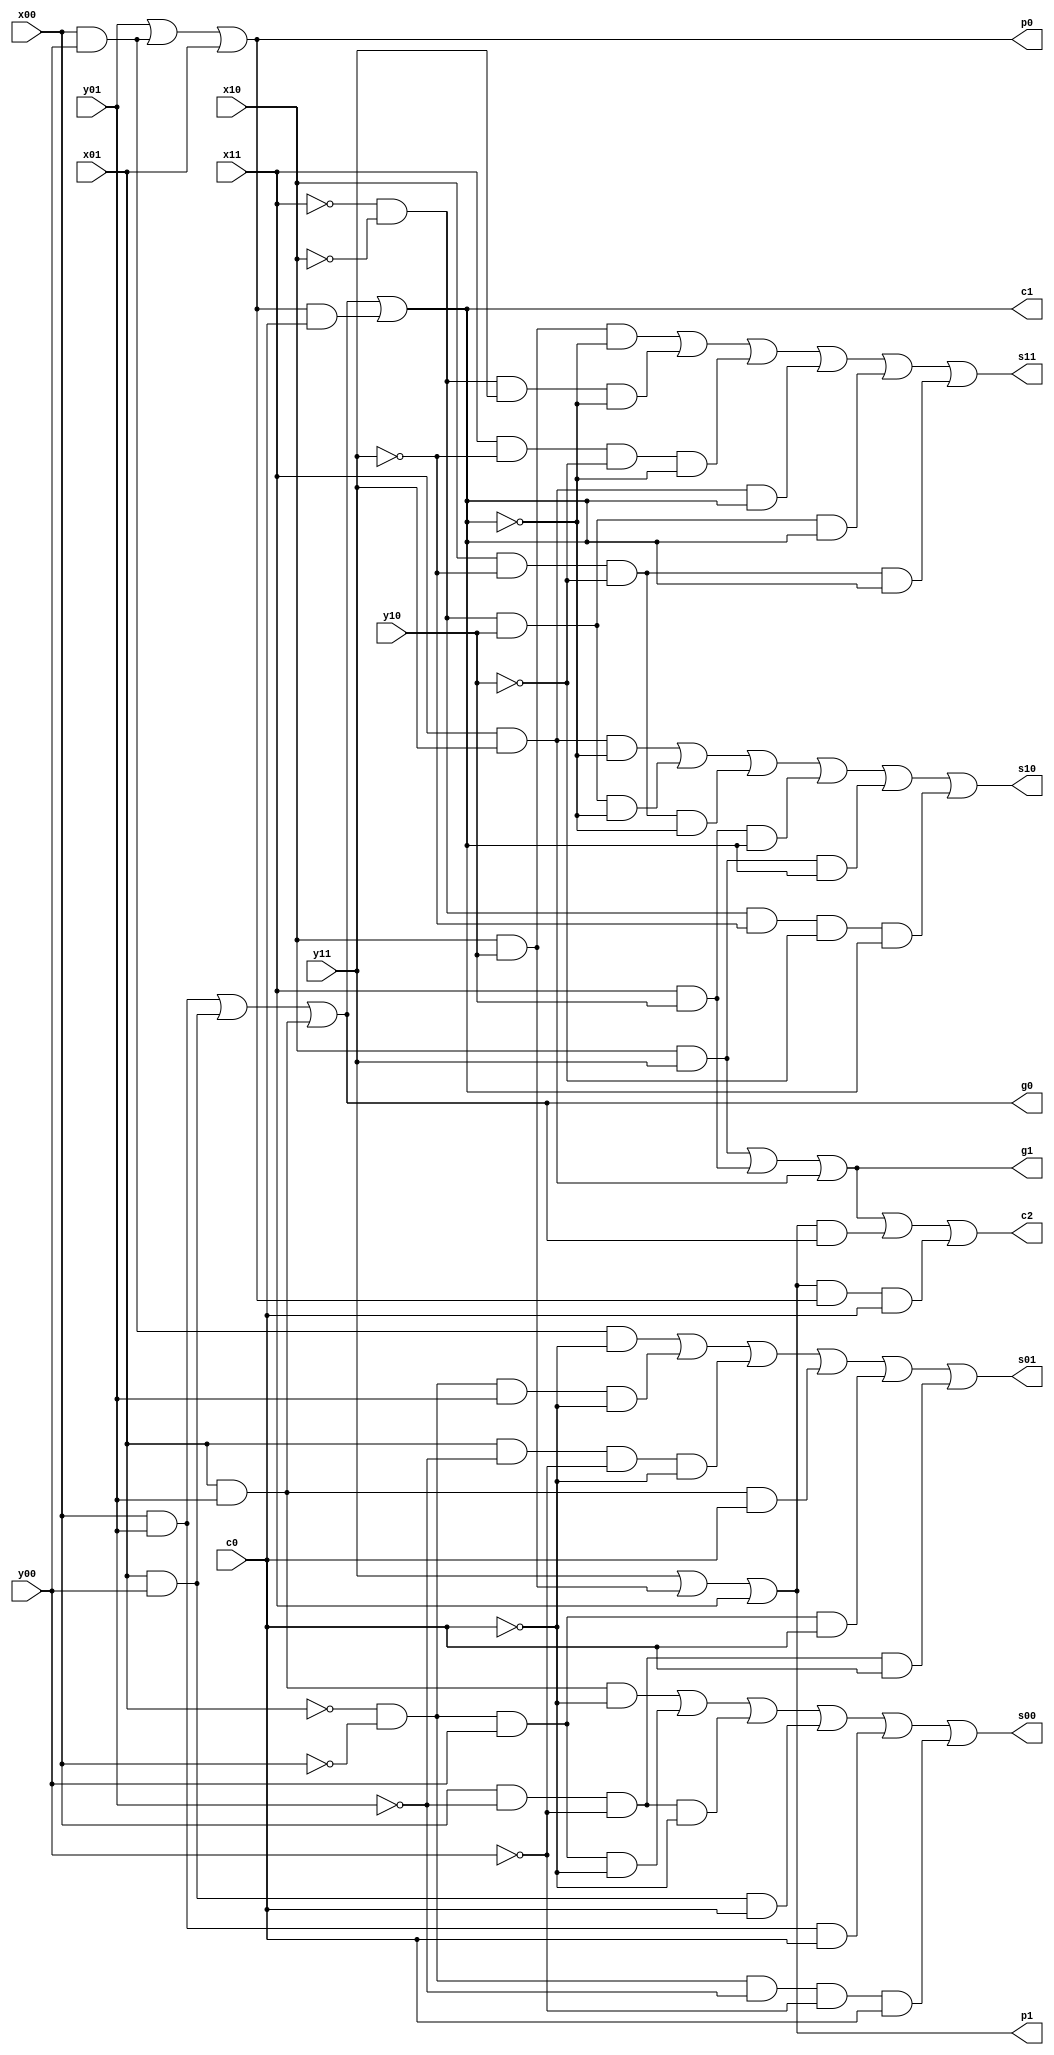
/*************
* Edward Zhu
*
* Project 2 -  Ternary adder with carry lookahead
* Due 10/07/14, P. Mathys
**************/

module Project2(x01,x00,x11,x10,y01,y00,y11,y10,c0,c1,c2,s01,s00,s11,s10,g0,g1,p0,p1);
	input x01,x00,x11,x10,y01,y00,y11,y10,c0;
	output s01,s00,s11,s10,c1,c2,g0,g1,p0,p1;
	
	assign s01 = x00&y00&~c0 | ~x01&~x00&y01&~c0 | x01&~y01&~y00&~c0 | x01&y01&c0 | ~x01&~x00&y00&c0 | x00&~y01&~y00&c0; 
	assign s00 = x01&y01&~c0 | ~x01&~x00&y00&~c0 |  x00&~y01&~y00&~c0 | x01&y00&c0 |  x00&y01&c0 | ~x01&~x00&~y01&~y00&c0;
	
	assign g0 = x00&y01 | x01&y00 | x01&y01;
	assign p0 = y01 | x00&y00 |  x01;
	assign c1 = g0 | p0&c0;
	
	assign s11 = x10&y10&~c1 | ~x11&~x10&y11&~c1 | x11&~y11&~y10&~c1 | x11&y11&c1 | ~x11&~x10&y10&c1 | x10&~y11&~y10&c1;
	assign s10 = x11&y11&~c1 | ~x11&~x10&y10&~c1 |  x10&~y11&~y10&~c1 | x11&y10&c1 |  x10&y11&c1 | ~x11&~x10&~y11&~y10&c1;
	
	assign g1 = x10&y11 | x11&y10 | x11&y11;
	assign p1 = y11 | x10&y10 | x11;
	assign c2 = g1 | p1&g0 | p1&p0&c0;
	
endmodule

//module carrylookahead()

//endmodule